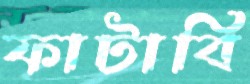
ফাটাবি